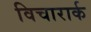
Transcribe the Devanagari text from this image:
विचारार्क